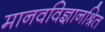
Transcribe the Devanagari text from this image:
मानवविज्ञानश्रित